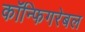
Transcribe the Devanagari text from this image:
कॉन्फिगरेबल